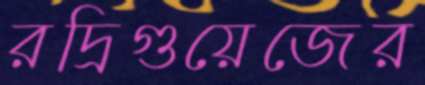
রদ্রিগুয়েজের